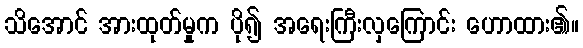
သိအောင် အားထုတ်မှုက ပို၍ အရေးကြီးလှကြောင်း ဟောထား၏။